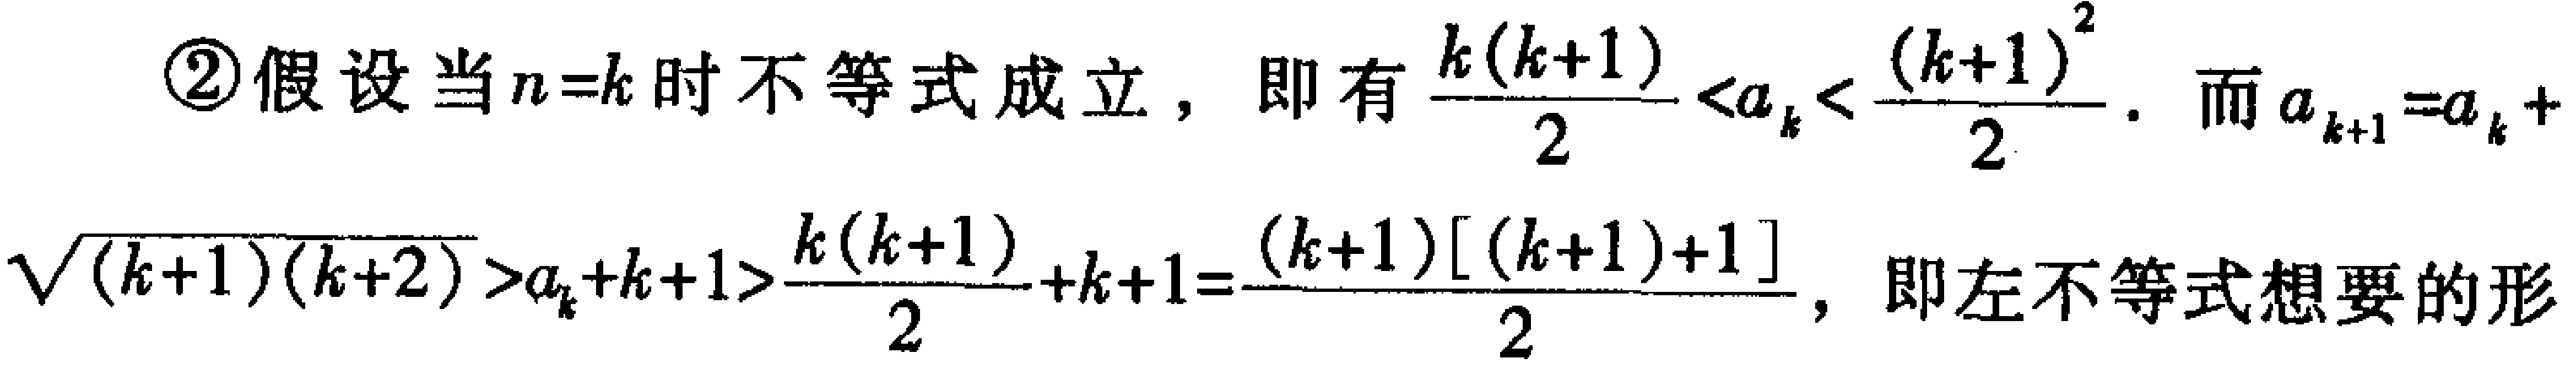
\begin{align*}
\textcircled{2}&假设当n = k时不等式成立，即有\frac{k(k + 1)}{2}<a_{k}<\frac{(k + 1)^{2}}{2}.而a_{k + 1}=a_{k}+\\
&\sqrt{(k + 1)(k + 2)}>a_{k}+k + 1>\frac{k(k + 1)}{2}+k + 1=\frac{(k + 1)[(k + 1)+1]}{2}，即左不等式想要的形
\end{align*}